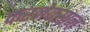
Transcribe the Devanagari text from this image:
फरनेक्सान